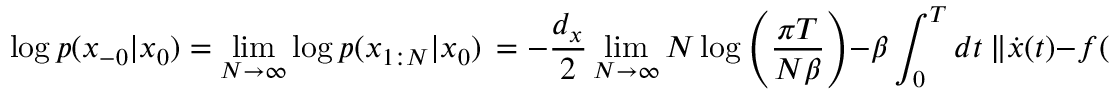
\log p ( x _ { - 0 } | x _ { 0 } ) = \operatorname* { l i m } _ { N \to \infty } \log p ( x _ { 1 : N } | x _ { 0 } ) \, = - \frac { d _ { x } } { 2 } \operatorname* { l i m } _ { N \to \infty } N \log \left( \frac { \pi T } { N \beta } \right) - \beta \int _ { 0 } ^ { T } d t \ \lVert \dot { x } ( t ) - f ( x , t ; \theta ) \lVert ^ { 2 } .